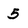
Character: 5